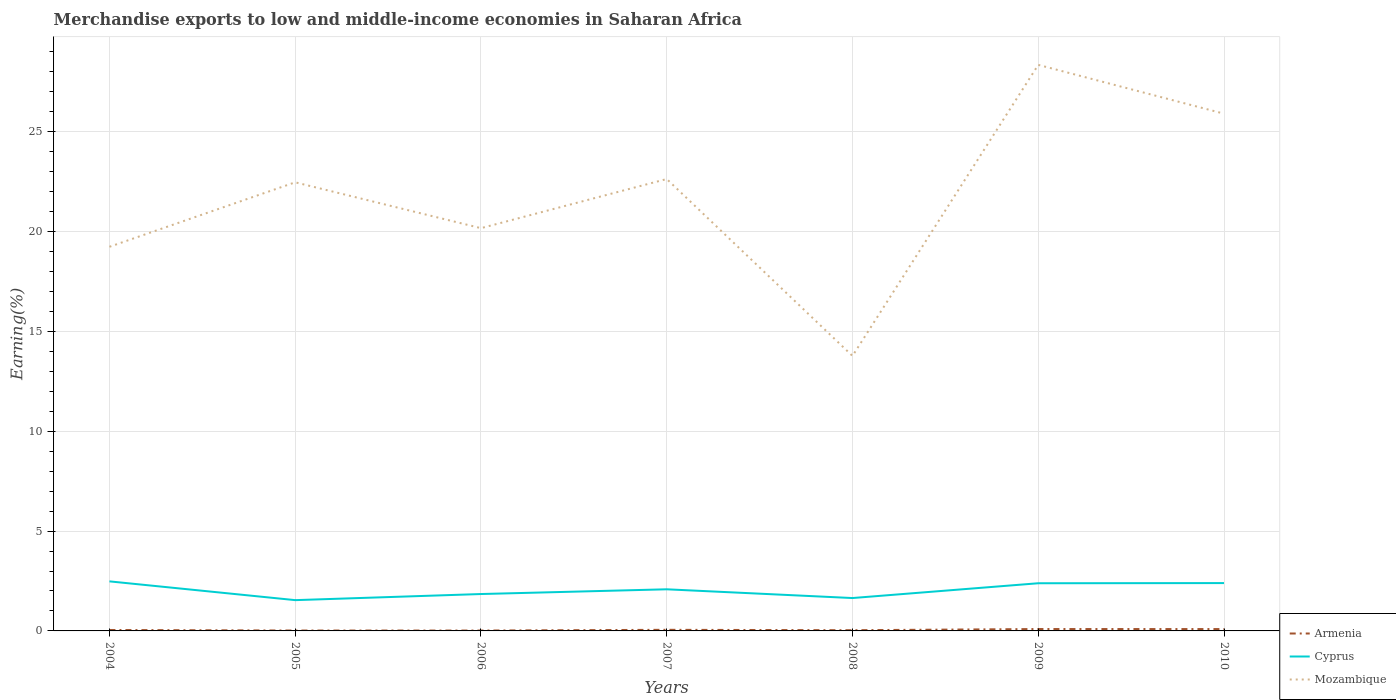
| Years | Armenia | Cyprus | Mozambique |
 | --- | --- | --- | --- |
 | 2004 | 0.0468 | 2.48 | 19.2 |
 | 2005 | 0.0197 | 1.54 | 22.5 |
 | 2006 | 0.0188 | 1.85 | 20.2 |
 | 2007 | 0.0555 | 2.08 | 22.6 |
 | 2008 | 0.0357 | 1.65 | 13.8 |
 | 2009 | 0.0946 | 2.39 | 28.4 |
 | 2010 | 0.0927 | 2.4 | 25.9 |